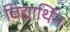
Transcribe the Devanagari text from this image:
विद्यार्थिन